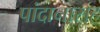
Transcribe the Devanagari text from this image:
पांदानासह